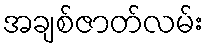
အချစ်ဇာတ်လမ်း